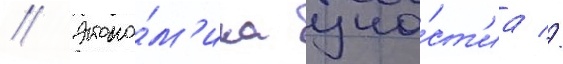
// Эконо́м'ика уча́ст'иа //